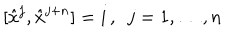
[ \hat { x } ^ { j } , \hat { x } ^ { j + n } ] = i \, , \enspace j = 1 , \dots , n